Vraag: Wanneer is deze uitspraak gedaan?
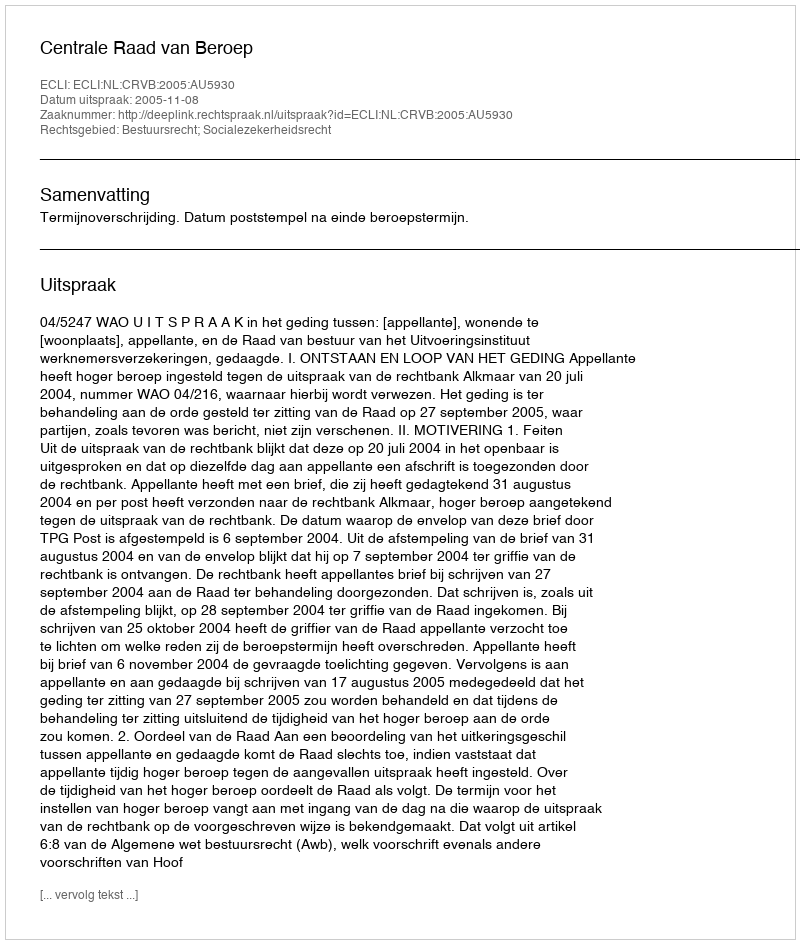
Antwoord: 2005-11-08